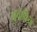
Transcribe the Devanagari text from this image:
मुवाफ़िक